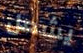
يشعل